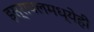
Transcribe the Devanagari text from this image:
इस्रायलमध्येही